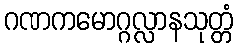
ဂဏကမောဂ္ဂလ္လာနသုတ္တံ